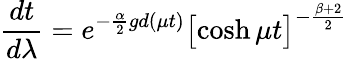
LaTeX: \frac{dt}{d\lambda}=e^{-\frac{\alpha}{2}gd(\mu t)}\bigl[\cosh{\mu t}\bigr]^{-\frac{\beta+2}{2}}